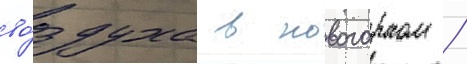
во́здуха в новогорном /